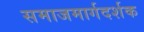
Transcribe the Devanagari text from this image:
समाजमार्गदर्शक